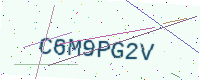
Text: C6M9PG2V